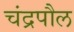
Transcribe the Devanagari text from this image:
चंद्रपौल